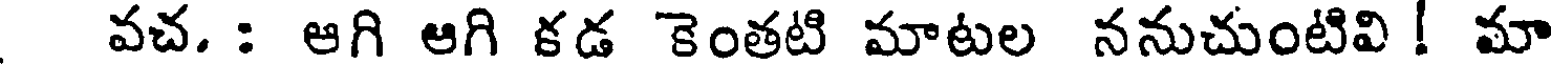
వచ. : ఆగి ఆగి కడ కెంతటి మాటల ననుచుంటివి ! మా